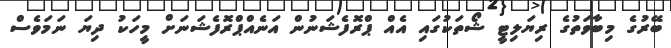
ބޭރުގެ މިބާވަތުގެ ރިޔަލިޓީ ޝޯތަކުގައި އެއް ޕްރޮފެޝަނުން އަނެއްޕްރޮފެޝަނަށް މީހަކު ދިޔަ ނަމަވެސް